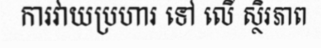
ការវាយប្រហារ ទៅ លើ ស្ថិរភាព